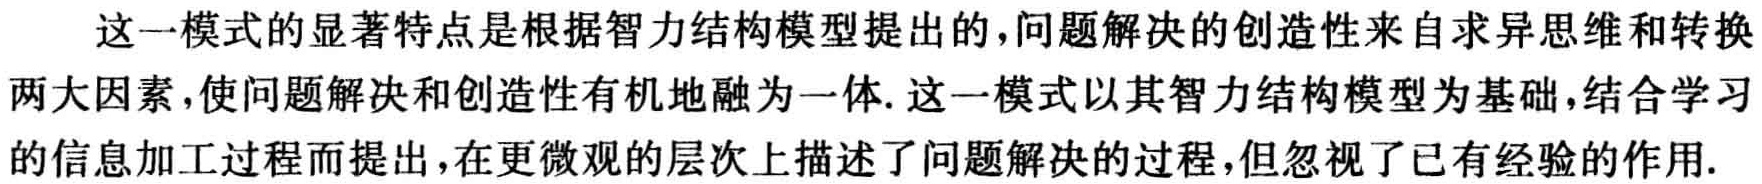
这一模式的显著特点是根据智力结构模型提出的，问题解决的创造性来自求异思维和转换两大因素，使问题解决和创造性有机地融为一体. 这一模式以其智力结构模型为基础，结合学习的信息加工过程而提出，在更微观的层次上描述了问题解决的过程，但忽视了已有经验的作用.